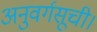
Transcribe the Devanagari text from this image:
अनुवर्गसूची।